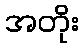
အတိုး